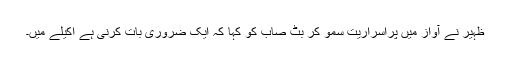
ظہیر نے آواز میں پُراسراریت سمو کر بٹ صاب کو کہا کہ ایک ضروری بات کرنی ہے اکیلے میں۔